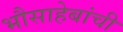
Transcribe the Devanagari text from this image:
भौसाहेबांची